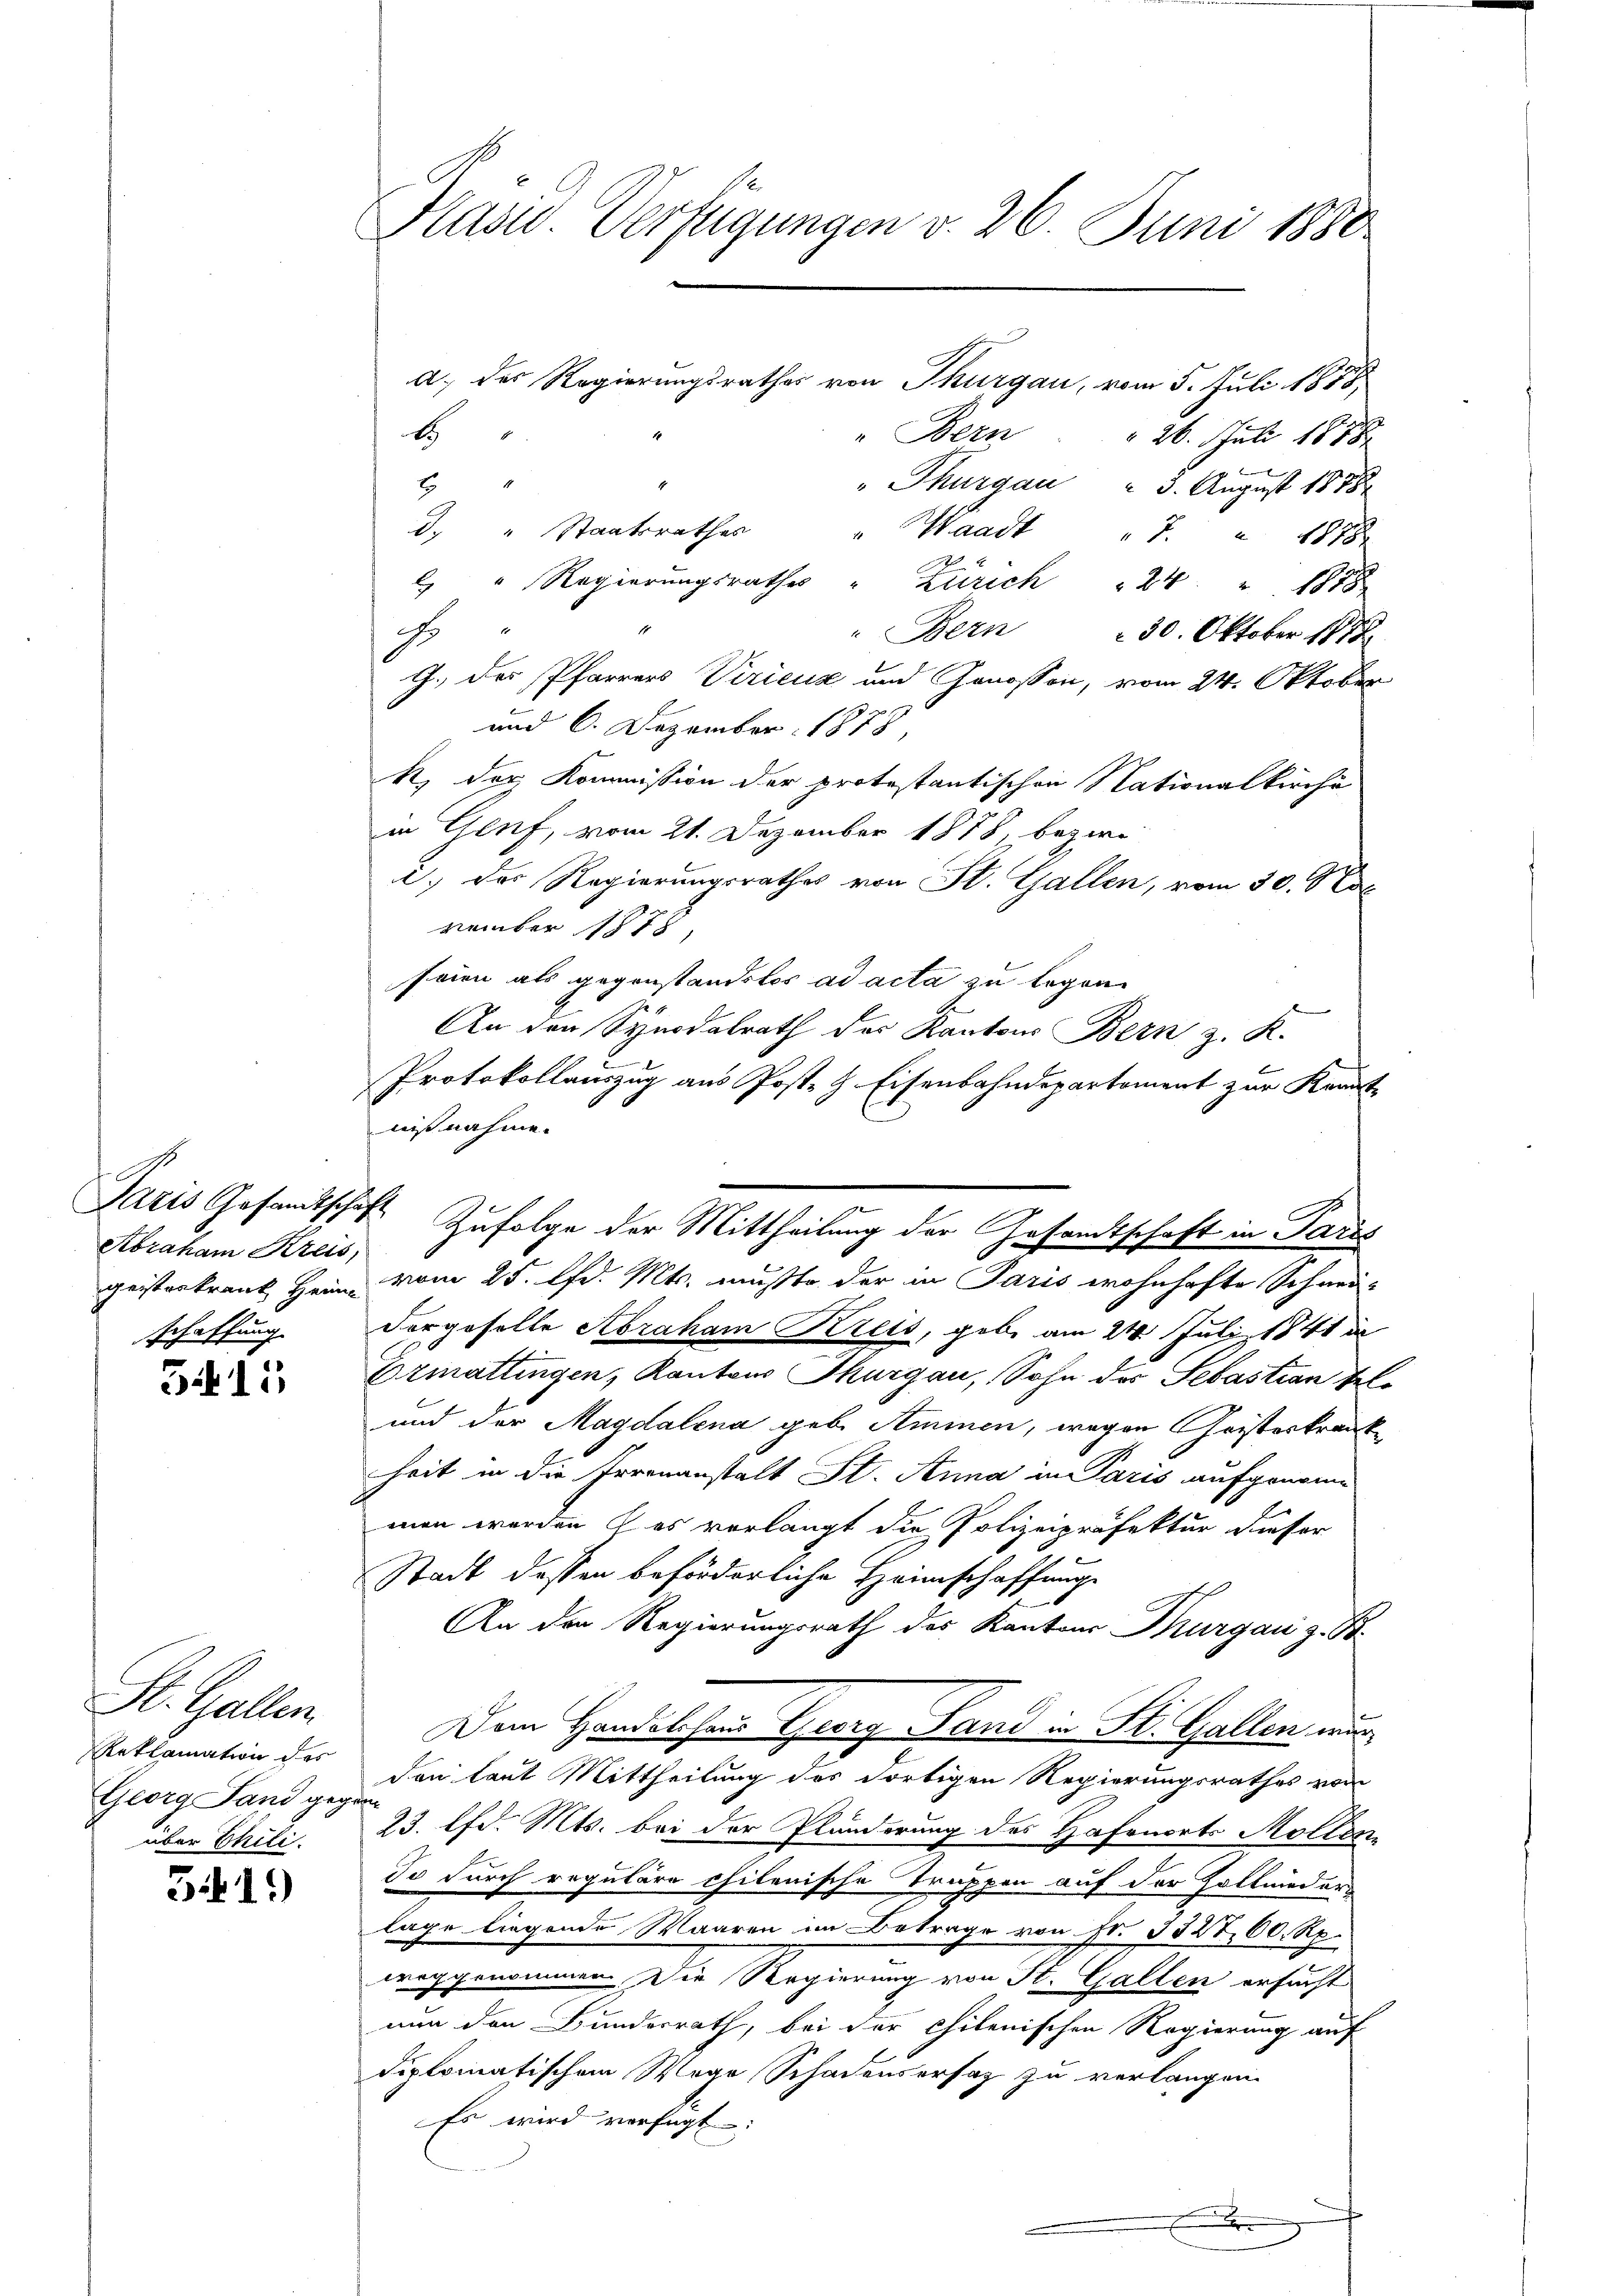
Präsid. Verfügungen v. 26. Juni 1880

a. des Regierungsrathes von Thurgau, vom 5. Juli 1848
Bern

1
 26. Juli 1858
" Thurgau " 3. August 1878
8
d. " Staatsrathes
" Waadt " 7. " 1878
 " Regierŭngsrathes " Zürich " 24 " 1848
E
" Bern 30. Oktober 1873.
G. des Pfarrers Viricus und Genossen, vom 24. Oktober
und 6. Dezember 1878,
k. der Kommission der protestantischen Nationalkirche
in Genf, vom 21. Dezember 1878, bezir
) das Regierungsrathes von St. Gallen, vom 30. Nob
vember 1878,
seien als gegenstandslos ad acta zu legen
An den Synodalrath des Kantons Bern z. K.
Protokollauszug aus Post- & Eisenbahndepartement zur Kenntnißnahme.
Zufolge der Mittheilung der Gesandtschaft in Paris
geisterkrank Heim vom 25. lfd. Mts. mußte der in Paris wohnhafte Schneidergeselle Abraham Kreis, gebe am 24. Juli 1841 in
Ermattingen, Kantons Thurgau, Sohn des Sebastian bel¬
und der Magdalena geb. Ammen, wegen Geisterkrank
heit in die Irrenanstalt St. Anna in Paris aufgenomme
man werden des vorlangt die Polizeipräfektur dieser
Stadt dessen beförderliche Heimschaffunge
An den Regierungsrath des Kantons Thurgau z. B.
Dem Handelschen Georg Land in St. Gallen nur
den laut Mittheilung des dortigen Regierungsrathes vom
23. lfd. Mts. bei der Pländerung des Hafenorts Möllen
de durch reguläre chilenische Truppen auf der Zollnieders
lage liegende Waaren im Betrage von Fr. 3327, 60. Rp.
woggenommen. Die Regierung von St. Gallen ersucht
nun den Bundesrath, bei der chilenischen Regierung auf
diplomatischem Wege Schadensersatz zu verlangen.
Es wird verfügt:
x

Paris Gesandtschaft
Abraham Kreis,
schaffung

515

St. Gallen.
Reklamation des
Georg Land gegen
über Phili

519)